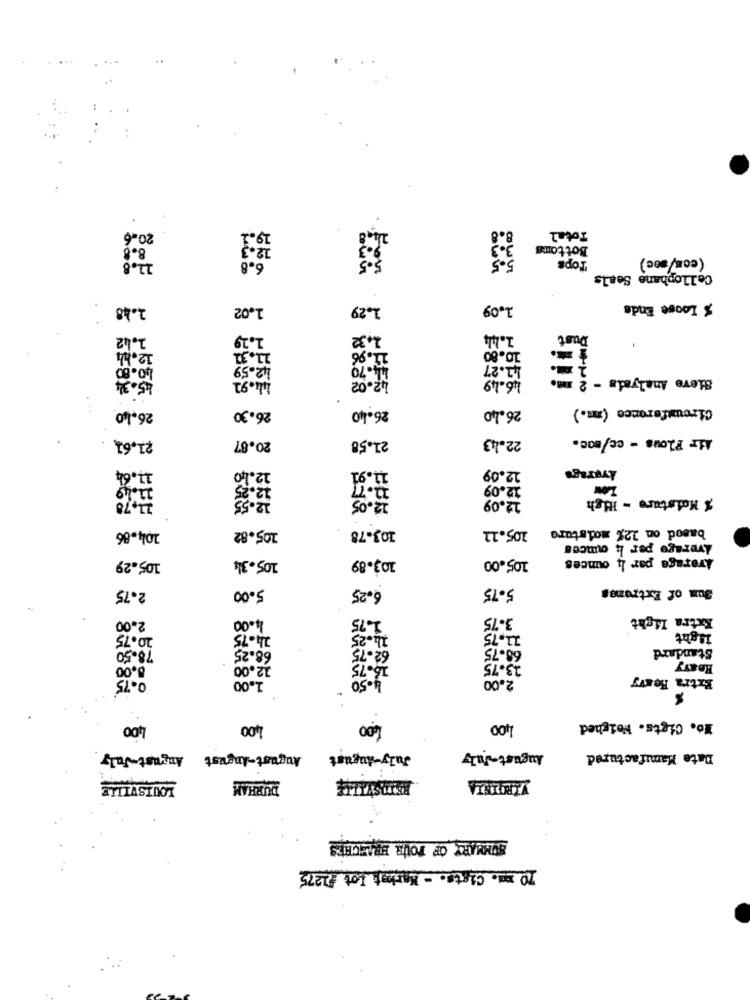
20-6
19.1
8.8
Total
8.8
12-3
3.3
Bottoms
11.8
Tops
(com/ sec)
6.8
Cellophane Seals
1.48
1.02
1,29
1.09
% Loose Ends
1.42
1.29
2.32
1.444
Dust
11.96
12.bl
21.31
10.80
40.80
42.59
44.70
41.27
45.34
42.02
46.49
Sieve Analysis -
44.91
26.30
Circumference (mm.)
26.40
26.40
26.40
21.61
22.43
Air Flous - cc/soc.
20.87
21.58
11.64
12.09
Avgrags
12.40
2.7
12.25
12.09
11,78
12.55
12.05
12.09
% Maisture - High
103-78
105.11
based on 12% moisture
104.86
105.82
Average per 4 ounces
103.89
105.00
Average par 4 ounces
105.29
105.344
6.25
5.75
Sum of Extremes
2.75
5.00
1.75
3.75
Extra light
2.00
4.00
10.75
24.75
1h.25
11.75
Light
78.50
68.25
68.75
Standard
62.75
8.00
12.00
15.75
13.75
Heavy
1.00
4.50
2.00
Extra Heavy
400
400
1.00
4,00
No. Cigts. Weighed
August-August August-July
July-August
August-July
Date Mamifactured
LOUISVILLE
BURHAN
SUMMARY OF FOUR ERLECHES
10 mm. Cists. - Market Lot #2275